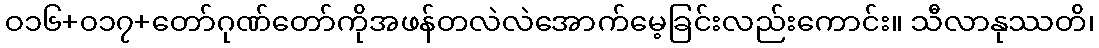
ဝ၁၆+၀၁၇+တော်ဂုဏ်တော်ကိုအဖန်တလဲလဲအောက်မေ့ခြင်းလည်းကောင်း။ သီလာနုဿတိ၊